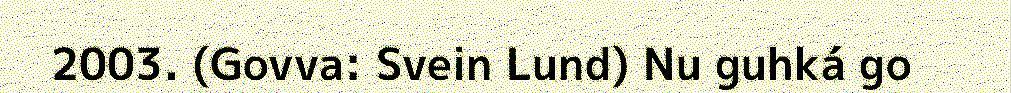
2003. (Govva: Svein Lund) Nu guhká go